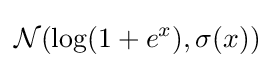
{\mathcal {N}}(\log(1+e^{x}),\sigma (x))